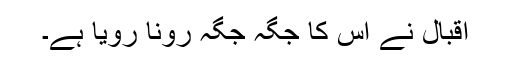
اقبال نے اس کا جگہ جگہ رونا رویا ہے۔